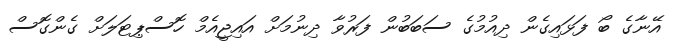
އޭނާގެ ބޯ ފަޅައިގެން ދިއުމުގެ ސަބަބުން ފަރުވާ ދިނުމަށް އައިޖީއެމް ހޮސްޕިޓަލަށް ގެންގޮސް